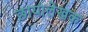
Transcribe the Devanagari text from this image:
छायालेखक